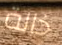
خالة